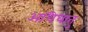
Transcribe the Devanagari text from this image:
अधिधातु